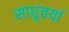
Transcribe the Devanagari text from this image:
साधुचर्या